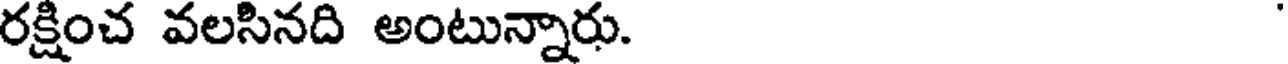
రక్షించ వలసినది అంటున్నారు.